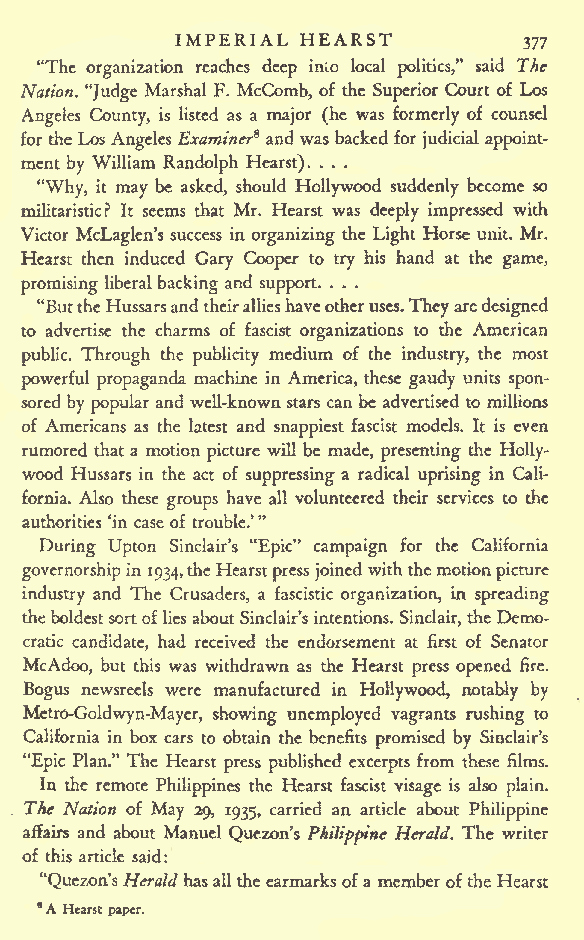
IMPERIAL HEARST
 377
 "The organization reaches deep inio local politics," said The
 Nation. "Judge Marshal F. McComb, of the Superior Court of Los
 Angeles County, is listed as a major (he was formerly of counsel
 for theLos Angeles Examiner* and was backed for judicial appoint-
 ment by William Randolph Hearst). . . .
 "Why, it may be asked, should Hollywood suddenly become so
 militaristic? It seems that Mr. Hearst was deeply impressed with
 Victor McLaglen's success in organizing the Light Horse unit. Mr.
 Hearst then induced Gary Cooper to try his hand at the game,
 promising liberal backing and support. . . .
 "ButtheHussarsandtheirallieshaveotheruses.Theyaredesigned
 to advertise the charms of fascist organizations to the American
 public. Through the publicity medium of the industry, the most
 powerful propaganda machine in America, these gaudy units spon-
 sored by popular and well-knownstars canbe advertised to millions
 of Americans as the latest and snappiest fascist models. It is even
 rumored that a motion picture will be made, presenting the Holly-
 wood Hussars in the act of suppressing a radical uprising in Cali-
 fornia. Also these groups have all volunteered their services to the
 "
 authorities 'in case of trouble.'
 During Upton Sinclair's "Epic" campaign for the California
 governorshipin 1934,theHearst pressjoinedwiththemotion picture
 industry and The Crusaders, a fascistic organization, in spreading
 theboldestsortofliesaboutSinclair'sintentions. Sinclair, theDemo-
 cratic candidate, had received the endorsement at first of Senator
 McAdoo, but this was withdrawn as the Hearst press opened fire.
 Bogus newsrecls were manufactured in Hollywood, notably by
 Metro-Goldwyn-Mayer, showing unemployed vagrants rushing to
 California in box cars to obtain the benefits promised by Sinclair's
 "Epic Plan." The Hearst press published excerpts from these films.
 In the remote Philippines the Hearst fascist visage is also plain.
 The Nation of May 29, 1935, carried an article about Philippine
 affairs and about Manuel Quezon's Philippine Herald. The writer
 of this article said:
 "Quezon'sHeraldhasall the earmarksofa memberof the Hearst
 "A Hearst paper.